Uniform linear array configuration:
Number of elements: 12
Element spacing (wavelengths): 1
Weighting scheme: cosine
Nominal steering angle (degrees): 15
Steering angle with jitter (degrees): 13.606
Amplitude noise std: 0.05
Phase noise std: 0.05

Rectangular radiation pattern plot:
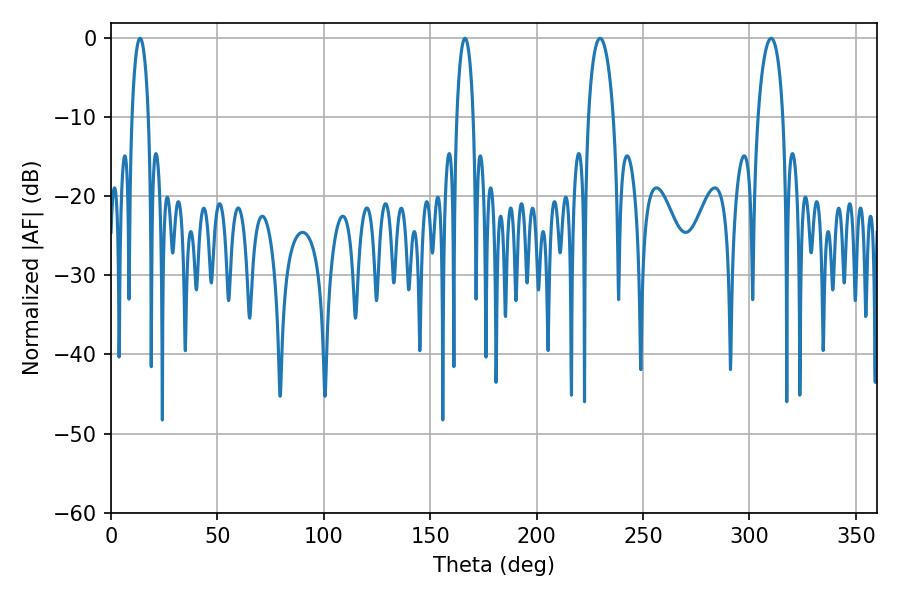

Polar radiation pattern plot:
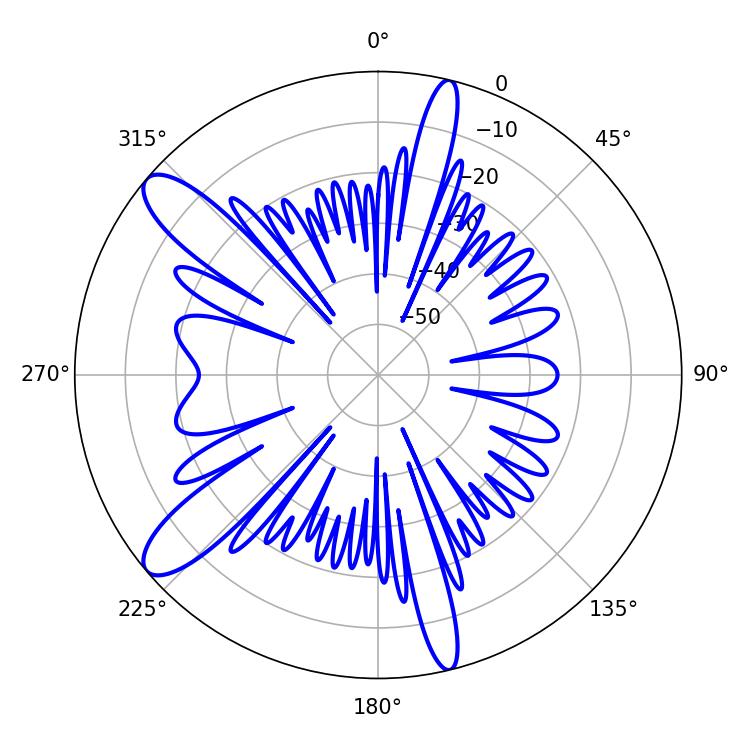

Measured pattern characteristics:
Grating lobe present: TRUE
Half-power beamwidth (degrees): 4.32
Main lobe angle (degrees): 13.68